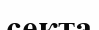
секта